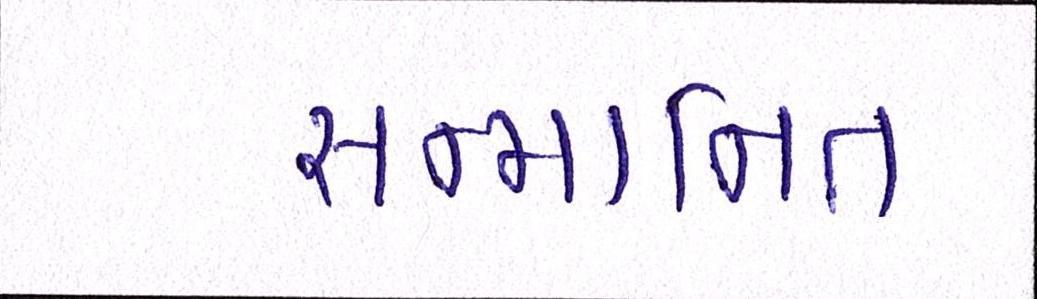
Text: સન્માનિત